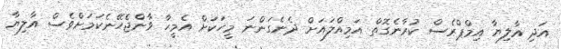
އަދި އާލިޔާ އިމްޕްރެސް ކުރާނެގޮތް އަމިއްލައަށް ދެނެގަންނަ މީހަކަށް އެމީހާ ވާންޖެހޭނެކަމަށްވެސް އާލިޔާ